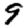
Digit: 9